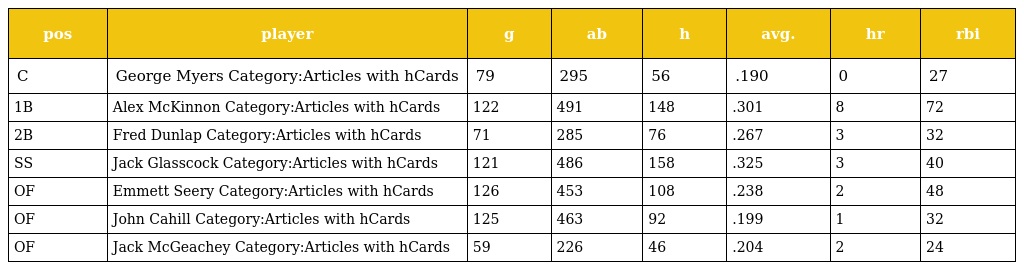
| pos | player | g | ab | h | avg. | hr | rbi |
 | --- | --- | --- | --- | --- | --- | --- | --- |
 | C | George Myers Category:Articles with hCards | 79 | 295 | 56 | .190 | 0 | 27 |
 | 1B | Alex McKinnon Category:Articles with hCards | 122 | 491 | 148 | .301 | 8 | 72 |
 | 2B | Fred Dunlap Category:Articles with hCards | 71 | 285 | 76 | .267 | 3 | 32 |
 | SS | Jack Glasscock Category:Articles with hCards | 121 | 486 | 158 | .325 | 3 | 40 |
 | OF | Emmett Seery Category:Articles with hCards | 126 | 453 | 108 | .238 | 2 | 48 |
 | OF | John Cahill Category:Articles with hCards | 125 | 463 | 92 | .199 | 1 | 32 |
 | OF | Jack McGeachey Category:Articles with hCards | 59 | 226 | 46 | .204 | 2 | 24 |